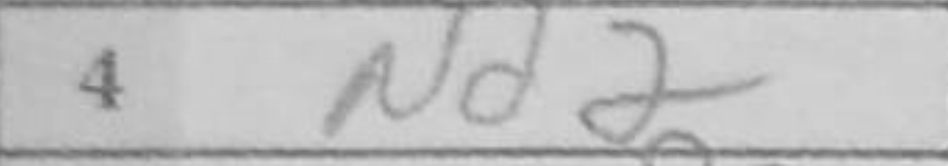
Transcription: Nd2